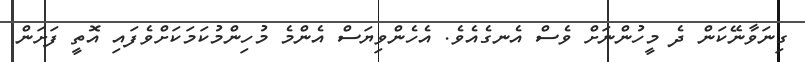
ގިނަވާނޭކަން ދެ މީހުންނަށް ވެސް އެނގެއެވެ. އެހެންވިޔަސް އެންމެ މުހިންމުކަމަކަށްވެފައި އޮތީ ފަށަން